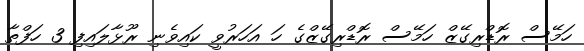
ހަމޭސް ރޮޑްރިގޭޒް ހަމޭސް ރޮޑްރިގޭޒްގެ ހަ އަހަރުވީ ކައިވެނި ރޫޅާލައިފި 3 ހަފްތާ